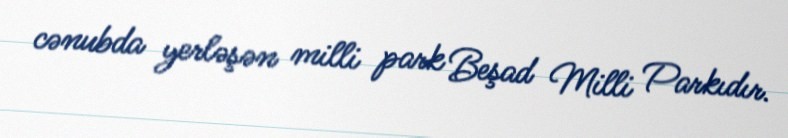
cənubda yerləşən milli park Beşad Milli Parkıdır.